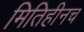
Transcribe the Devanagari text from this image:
मितिहीनच